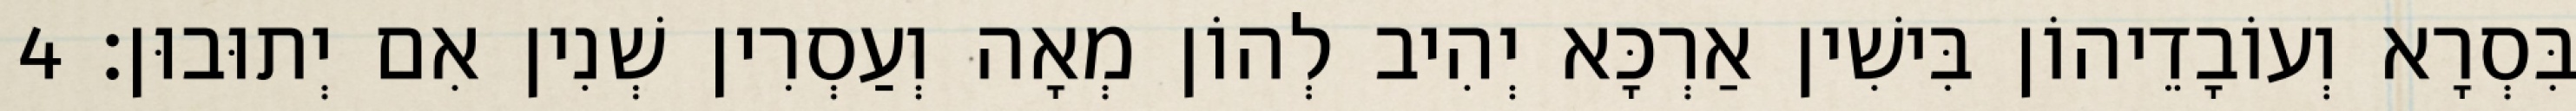
בִּסְרָא וְעוֹבָדֵיהוֹן בִּישִׁין אַרְכָּא יְהִיב לְהוֹן מְאָה וְעַסְרִין שְׁנִין אִם יְתוּבוּן׃ 4